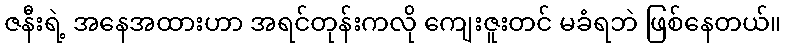
ဇနီးရဲ့ အနေအထားဟာ အရင်တုန်းကလို ကျေးဇူးတင် မခံရဘဲ ဖြစ်နေတယ်။